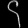
Digit: ၄